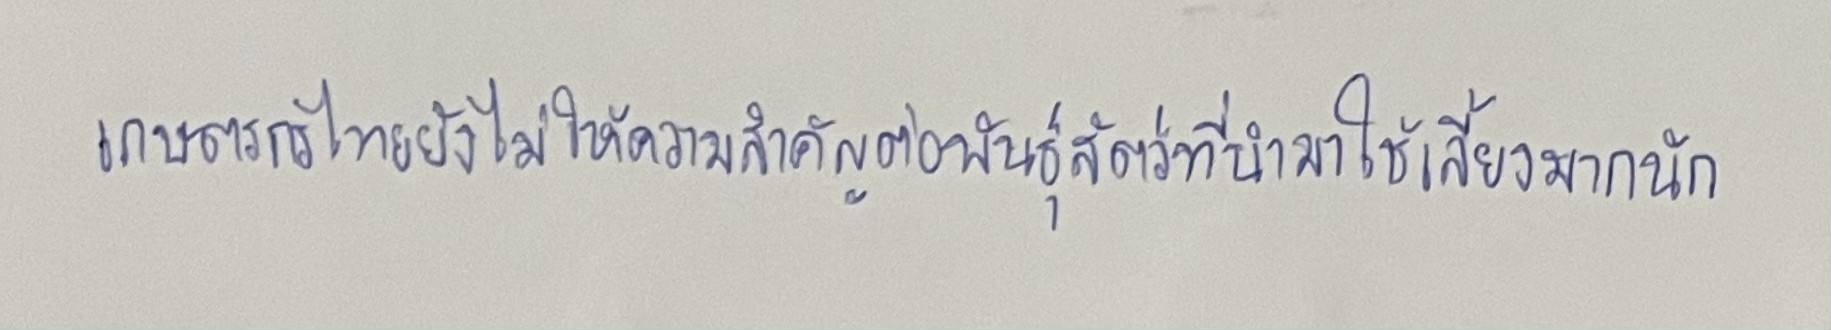
เกษตรกรไทยยังไม่ให้ความสำคัญต่อพันธุ์สัตว์ที่นำมาใช้เลี้ยงมากนัก